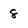
Character: 8